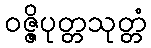
ဝဇ္ဇိပုတ္တသုတ္တံ